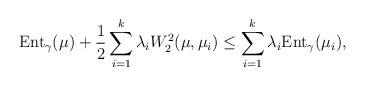
LaTeX: \begin{align*}{\rm Ent}_{\gamma} (\mu) + \frac{1}{2} \sum_{i=1}^k \lambda_i W^2_2(\mu, \mu_i ) \le \sum_{i=1}^k \lambda_i {\rm Ent}_{\gamma} (\mu_i), \end{align*}